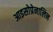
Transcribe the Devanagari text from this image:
आइसोप्रेनालिन